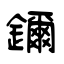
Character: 鑈